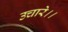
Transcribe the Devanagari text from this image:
उचारे।।